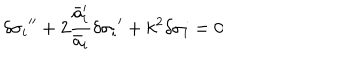
{ \delta \sigma _ { i } } ^ { \prime \prime } + 2 \frac { { \bar { a } _ { i } ^ { \prime } } } { \bar { a } _ { i } } { \delta \sigma _ { i } } ^ { \prime } + k ^ { 2 } \delta \sigma _ { i } = 0